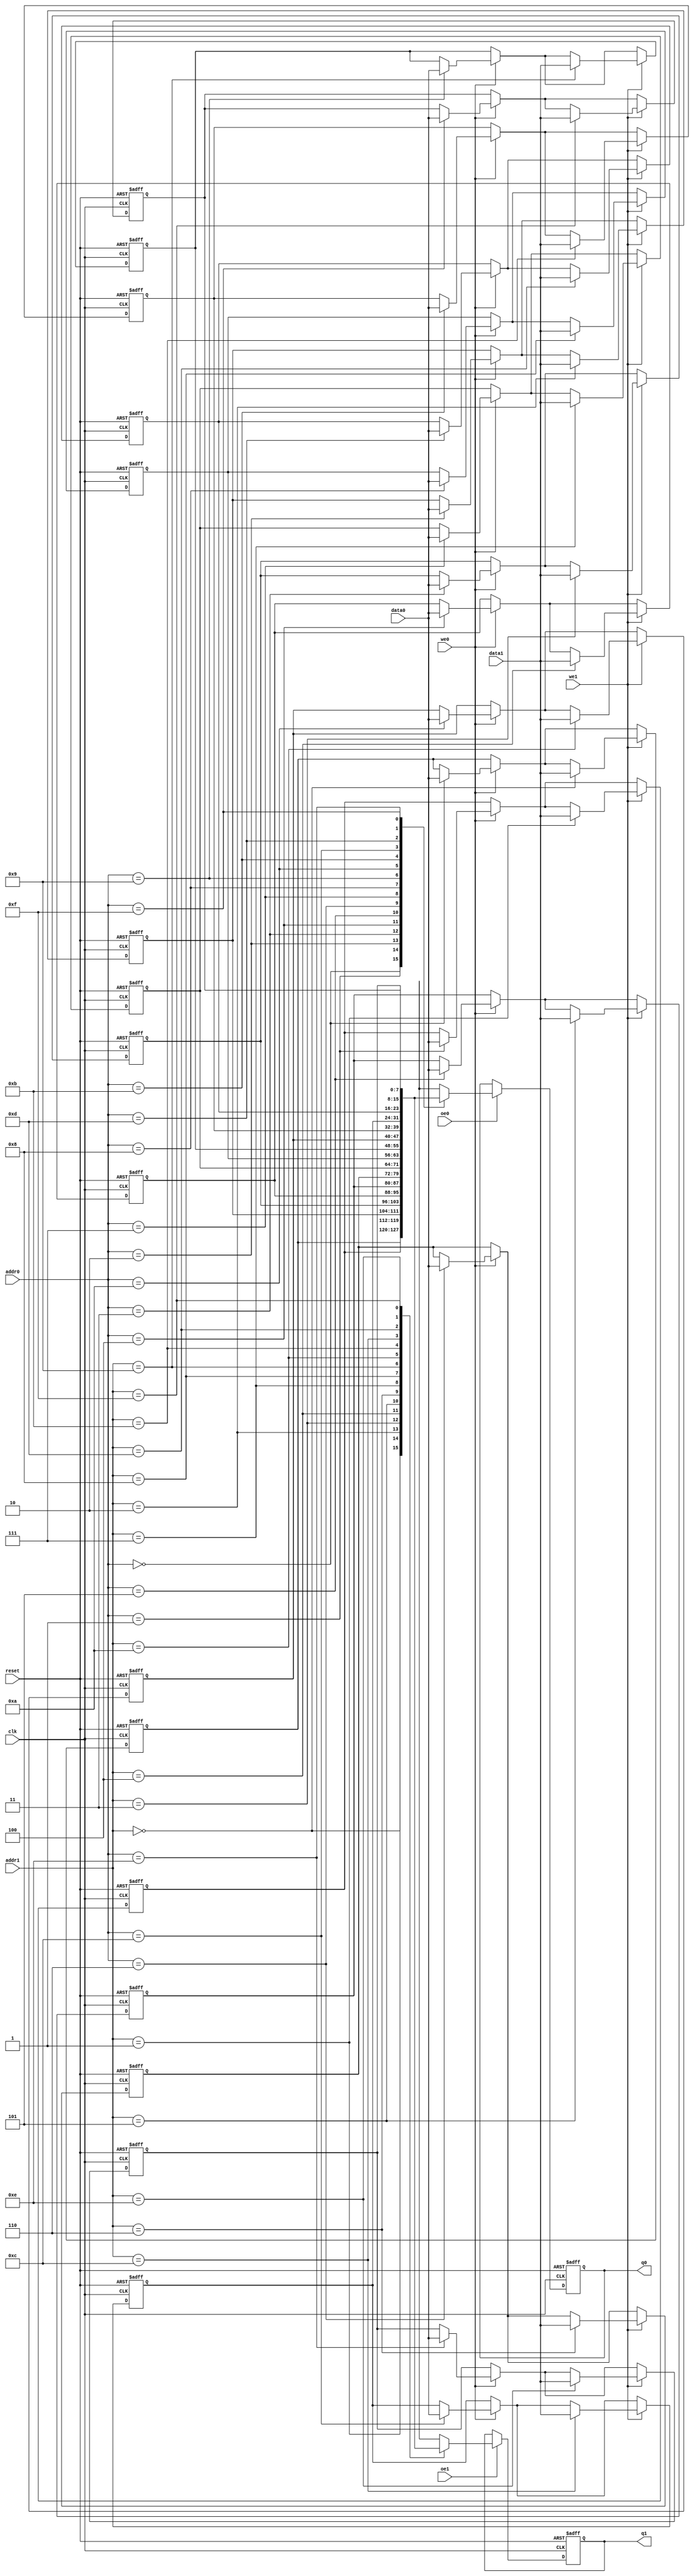
module SynchronousMultiPortRAM #(
    parameter DATA_WIDTH = 8,      // Width of the data bus
    parameter ADDR_WIDTH = 4,      // Width of the address bus (up to 2^ADDR_WIDTH locations)
    parameter DEPTH = 16            // Number of memory addresses (2^ADDR_WIDTH)
)(
    input wire clk,                 // Clock signal
    input wire reset,               // Asynchronous reset signal
    // Port 0
    input wire [ADDR_WIDTH-1:0] addr0, // Address input for port 0
    input wire [DATA_WIDTH-1:0] data0, // Data input for port 0
    input wire we0,                 // Write enable for port 0
    input wire oe0,                 // Output enable for port 0
    output reg [DATA_WIDTH-1:0] q0, // Data output for port 0
    // Port 1
    input wire [ADDR_WIDTH-1:0] addr1, // Address input for port 1
    input wire [DATA_WIDTH-1:0] data1, // Data input for port 1
    input wire we1,                 // Write enable for port 1
    input wire oe1,                 // Output enable for port 1
    output reg [DATA_WIDTH-1:0] q1  // Data output for port 1
);

    // Memory array
    reg [DATA_WIDTH-1:0] mem [0:DEPTH-1];

    // Asynchronous reset and memory initialization
    integer i;
    always @(posedge clk or posedge reset) begin
        if (reset) begin
            for (i = 0; i < DEPTH; i = i + 1) begin
                mem[i] <= {DATA_WIDTH{1'b0}}; // Initialize memory to 0
            end
            q0 <= {DATA_WIDTH{1'b0}}; // Clear output
            q1 <= {DATA_WIDTH{1'b0}}; // Clear output
        end else begin
            // Port 0 operations
            if (we0) begin
                mem[addr0] <= data0; // Write data to memory
            end
            if (oe0) begin
                q0 <= mem[addr0]; // Read data from memory
            end

            // Port 1 operations
            if (we1) begin
                mem[addr1] <= data1; // Write data to memory
            end
            if (oe1) begin
                q1 <= mem[addr1]; // Read data from memory
            end
        end
    end

endmodule